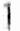
1